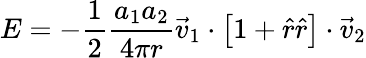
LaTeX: E=-{\frac{1}{2}}{\frac{a_{1}a_{2}}{4\pi r}}{\vec{v}}_{1}\cdot\left[1+{\hat{r}}{\hat{r}}\right]\cdot{\vec{v}}_{2}